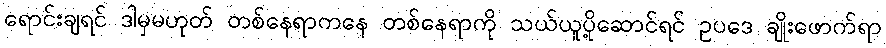
ရောင်းချရင် ဒါမှမဟုတ် တစ်နေရာကနေ တစ်နေရာကို သယ်ယူပို့ဆောင်ရင် ဥပဒေ ချိုးဖောက်ရာ